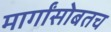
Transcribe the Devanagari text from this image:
मार्गांसोबतच